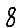
Digit: 8